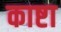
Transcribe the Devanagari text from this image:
काष्टा